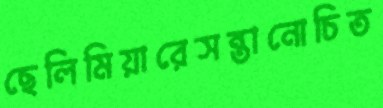
ছেলিমিয়ারেসন্তানোচিত